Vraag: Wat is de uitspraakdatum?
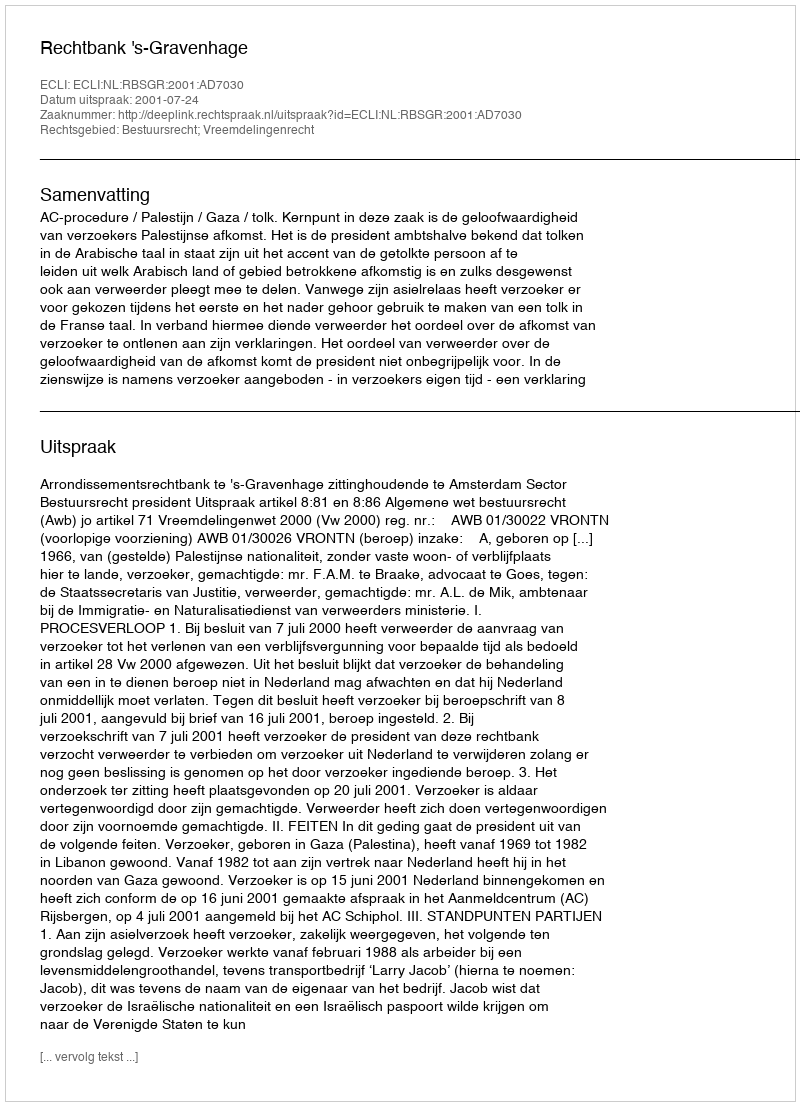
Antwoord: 2001-07-24